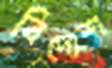
বিদোশ